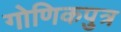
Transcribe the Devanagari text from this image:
गोणिकपुत्र